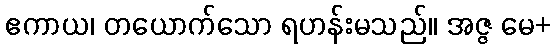
ဧကာယ၊ တယောက်သော ရဟန်းမသည်။ အဇ္ဇ မေ+